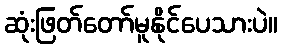
ဆုံးဖြတ်တော်မူနိုင်ပေသားပဲ။